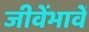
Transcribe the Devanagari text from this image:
जीवेंभावें